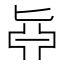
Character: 𠤛